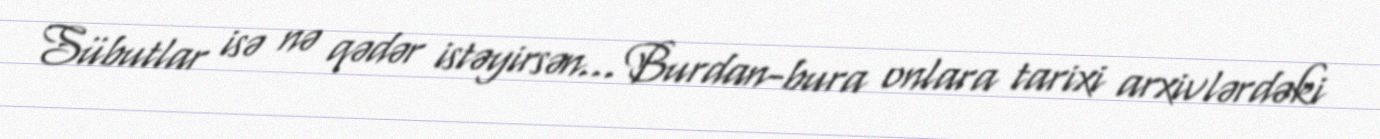
Sübutlar isə nə qədər istəyirsən... Burdan-bura onlara tarixi arxivlərdəki